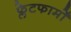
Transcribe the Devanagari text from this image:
फ्लेटफार्मों